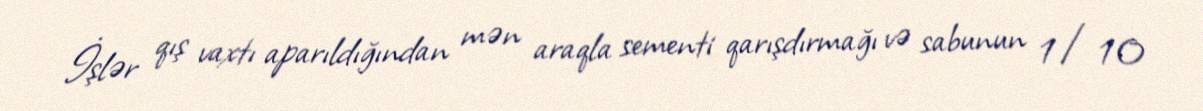
İşlər qış vaxtı aparıldığından mən araqla sementi qarışdırmağı və sabunun 1/10